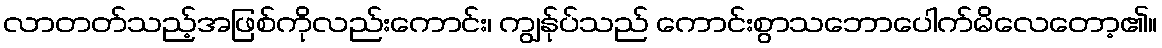
လာတတ်သည့်အဖြစ်ကိုလည်းကောင်း၊ ကျွန်ုပ်သည် ကောင်းစွာသဘောပေါက်မိလေတော့၏။